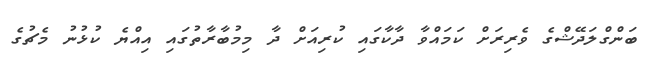
ބަންގްލަދޭޝްގެ ވެރިރަށް ކަމައްވާ ދާކާގައި ކުރިއަށް ދާ މިމުބާރާތުގައި އިއްޔެ ކުޅުނު މެޗުގެ